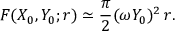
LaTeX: { \cal F } ( X _ { 0 } , Y _ { 0 } ; r ) \simeq \frac { \pi } { 2 } ( \omega Y _ { 0 } ) ^ { 2 } \, r .